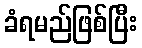
ခံရမည်ဖြစ်ပြီး